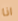
انا